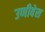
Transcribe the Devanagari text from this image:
उणीवेस